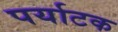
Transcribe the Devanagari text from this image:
पर्याटक